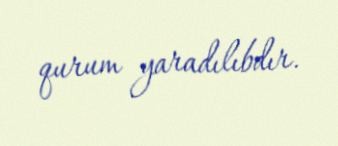
qurum yaradılıbdır.